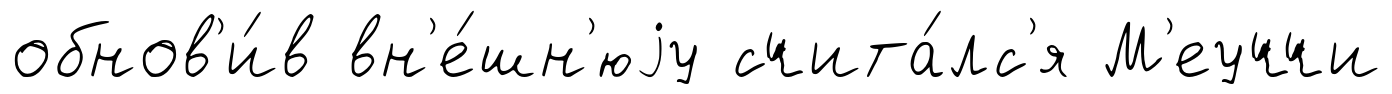
обнов'и́в вн'е́шн'юjу счита́лс'я М'еуччи